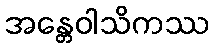
အန္တေဝါသိကဿ